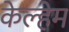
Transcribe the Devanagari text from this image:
केल्हेम